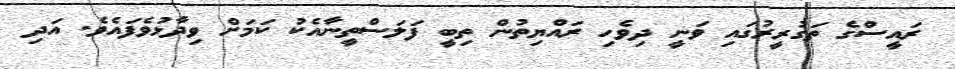
ރައީސްގެ ތަގުރީރުގައި ވަނީ ދިވެހި ރައްޔިތުން ތިބީ ފަލަސްތީނާއެކު ކަމަށް ވިދާޅުވެފައެވެ. އަދި